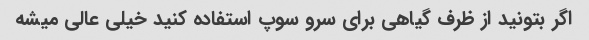
اگر بتونید از ظرف گیاهی برای سرو سوپ استفاده کنید خیلی عالی میشه